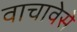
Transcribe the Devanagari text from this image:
वाचावेसे